Report on vaccination in the Province of Bengal - 1874-1889
Year: 1874
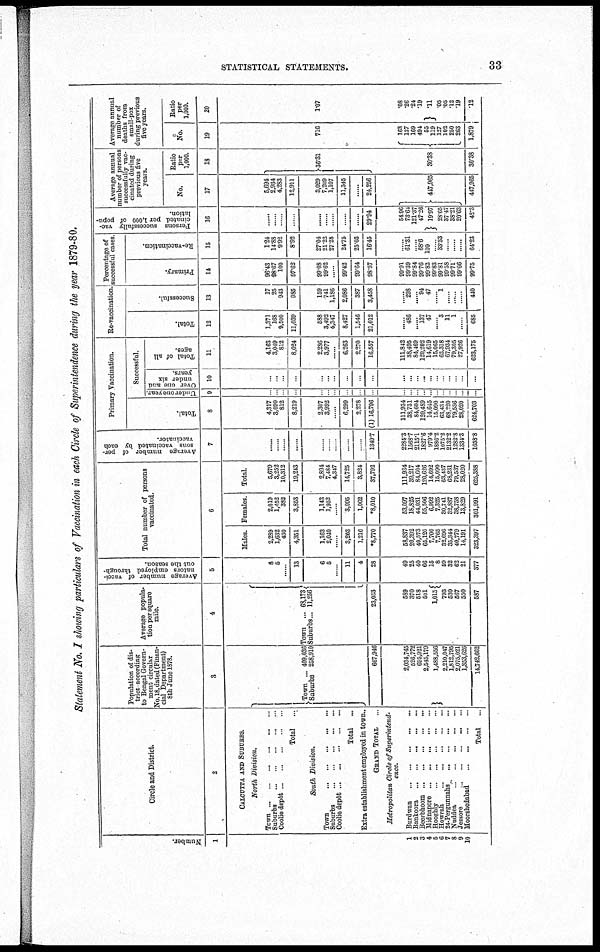
STATISTICAL STATEMENTS.
33
Statement No. I showing particulars of Vaccination in each Circle of Superintendence during the year 1879-80.
Number.
1
1
2
3
4
5
6
7
8
9
10
Circle and District.
2
CALCUTTA AND SUBURBS.
North Division.
Town ... ... ... ... ... ...
Suburbs ... ... ... ... ... ...
Coolie depôt ... ... ... ... ...
Total
...
South Division.
Town
...
...
...
...
...
Suburbs
...
...
...
...
...
Coolie depôt ... ... ... ... ...
Total
...
Extra establishment employed in town..
GRAND TOTAL ...
Metropolitan Circle of Superintend-
ence.
Burdwan ... ... ... ... ...
Bankoora
...
...
...
...
...
Beerbhoom ... ... ... ... ...
Midnapore
...
...
...
...
...
Hooghly
...
...
...
...
...
Howrah
...
...
...
...
...
24-Pergunnahs
...
...
...
...
Nuddea ... ... ... ... ...
Jessore ... ... ... ... ...
Moorshedabad
...
...
...
...
Total
...
Population of dis-
trict according
to Bengal Govern-
ment circular
No. 18, dated (Finan-
cial Department)
8th June1878.
3
Town ... 409,036
Suburbs 258,910
667,946
2,034,745
526,772
695,921
2,545,179
1,488,556
2,210,047
1,812,795
2,075,021
1,353,626
14,742,662
Average popula-
tion per square
mile
4
Town ... 68,173
Suburbs... 11,256
23,033
589
370
518
501
1,015
793
530
567
550
587
Average number of vacci-
nators employed through-
out the season.
5
8
5
......
13
6
5
......
11
4
28
49
25
40
66
15
8
59
32
62
21
377
Total number of persons
vaccinated.
6
Males.
2,289
1,632
430
4,351
1,163
2,040
......
3,203
1,216
*8,770
58,837
20,392
40,573
65,120
7,700
7,765
32,696
35,344
40,779
14,191
323,397
Females.
2,019
1,452
382
3,853
1,143
1,952
......
3,095
1,062
*8,010
53,097
18,825
44,031
55,506
6,992
7,325
30,741
32,887
38,758
13,829
301,991
Total
5,679
3,252
10,312
19,243
2,894
7,484
4,347
14,725
3,824
37,792
111,934
39,217
84,604
120,626
14,692
15,090
63,437
68,231
79,537
28,020
625,388
Average number of per-
sons vaccinated by each
vaccinator.
7
......
......
......
......
......
......
......
......
...
1349.7
2284.3
1568.7
2115.1
1827.6
979.4
1886.2
1075.2
2132.2
1282.3
1334.3
1658.8
Primary Vaccination.
Total.
8
4,317
3,090
812
8,219
2,307
3,992
......
6,299
2,278
(1) 16,796
111,934
38,731
84,604
120,489
14,645
15,090
63,431
68,220
79,536
28,020
624,703
Successful.
Under one year.
9
...
...
...
...
......
......
......
...
...
...
...
...
...
...
...
...
...
...
...
...
...
Over one and
under six
years.
10
...
...
...
...
...
...
...
...
...
...
...
...
...
...
...
...
...
...
...
...
...
Total of all
ages.
11
4,163
3,049
812
8,024
2,286
3,977
......
6,263
2,270
16,557
111,842 38,495
84,469 120,202 14,612 15,065 63,318 67,934 79,305 27,926
623,175
Re-vaccination.
Total.
12
1,371
168
9,500
11,039
588
3,492
4,347
8,427
1,546
21,012
......
486
...... 137
47
...... 3
11
1
......
685
Successful.
13
17
25
943
985
159
741
1,186
2,086
387
3,458
......
298
...... 94
47
...... 1
......
......
......
440
Percentage of
successful cases.
Primary.
14
96.43
98.67
100
97.62
99.08
99.62
......
99.42
99.64
98.57
99.91
99.39
99.84
99.76
99.82
99.83
99.81
99.58
99.71
99.66
99.75
Re-vaccination.
15
1.24
14.88
9.92
8.92
27.04
21.22
27.28
24.75
25.03
16.45
......
61.31
...... 68.6
100
...... 33.33
......
......
......
64.23
Persons successfully vac-
cinated per 1,000 of popu-
lation.
16
......
......
......
......
......
......
......
......
......
29.94
54.96
73.64
121.37
47.26
19.97
28.65
37.47
38.21
20.63
42.3
Average annual
number of persons
successfully vac-
cinated during
previous five
years.
No.
17
5,694
2,934
4,283
12,911
3,029
7,209
1,107
11,345
......
24,256
447,965
447,965
Ratio
per
1,000.
18
36.31
30.38
30.38
Average annual
number of
deaths from
small-pox
during previous
five years.
No.
19
716
163
137
169
494
55
119
127
102
250
263
1,879
Ratio
per
1,000.
20
1.07
.08
.26
.24
.19
.11 .05
.05
.12
.19
.12